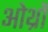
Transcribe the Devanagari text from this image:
ओर्थ्रो